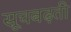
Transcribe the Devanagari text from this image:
सूचबढ़ती